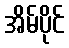
အိမ်ပိုင်